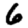
Digit: 6